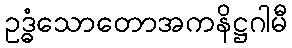
ဥဒ္ဓံသောတောအကနိဋ္ဌဂါမီ